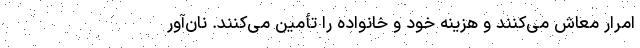
امرار معاش می‌کنند و هزینه خود و خانواده را تأمین می‌کنند. نان‌آور